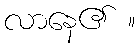
လာနေ၏ ။